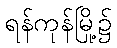
ရန်ကုန်မြို့၌